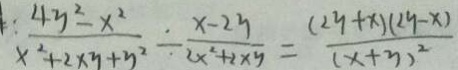
: \frac { 4 y ^ { 2 } - x ^ { 2 } } { x ^ { 2 } + 2 x y + y ^ { 2 } } \div \frac { x - 2 y } { 2 x ^ { 2 } + 2 x y } = \frac { ( 2 y + x ) ( 2 y - x ) } { ( x + y ) ^ { 2 } }